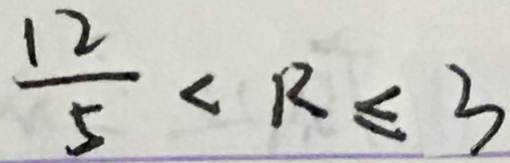
\frac { 1 2 } { 5 } < R \leq 3